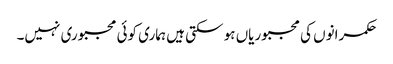
حکمرانوں کی مجبوریاں ہو سکتی ہیں ہماری کوئی مجبوری نہیں۔